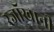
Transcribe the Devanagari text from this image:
रजॉखानी